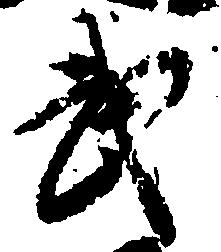
武